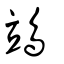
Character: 鴗